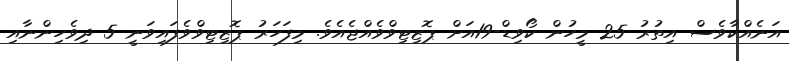
އަނެއްކާވެސް އިތުރު 25 މީހުން ކޯވިޑް-19އަށް ޕޮޒިޓިވްވެއްޖެއެވެ. މިފަހަރު ޕޮޒިޓިވްވެފައިވަނީ 5 ދިވެހިންނާއި